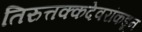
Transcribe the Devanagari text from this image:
तिरुत्तक्कदेवरांकडून